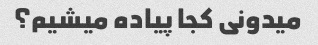
میدونی کجا پیاده میشیم؟